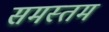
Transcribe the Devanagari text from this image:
समस्तम